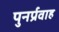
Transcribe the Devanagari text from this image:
पुनर्प्रवाह